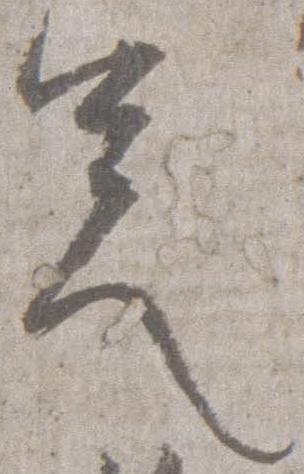
足